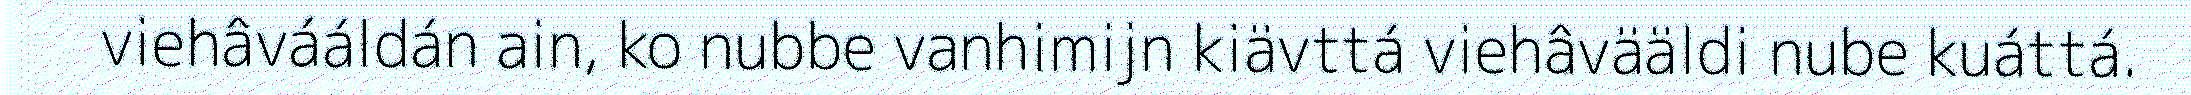
viehâvááldán ain, ko nubbe vanhimijn kiävttá viehâvääldi nube kuáttá.